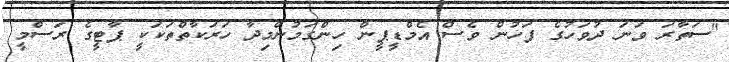
"ސަތާރަ ވަނަ ދުވަހުގެ ފަހުން ވެސް އެމްޑީޕީން ހިންގަމުންމިދާ ހަރަކާތްތަކަކީ ޕާޓީގެ ރަސްމީ